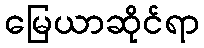
မြေယာဆိုင်ရာ